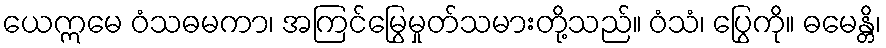
ယေဣမေ ဝံသဓမကာ၊ အကြင်မြွေမှုတ်သမားတို့သည်။ ဝံသံ၊ ပြွေကို။ ဓမေန္တိ၊